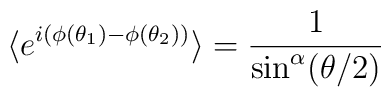
\langle e^{i(\phi(\theta_1)-\phi(\theta_2))}\rangle=\frac1{\sin^\alpha(\theta/2)}